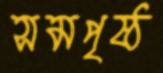
সমপৃষ্ঠ